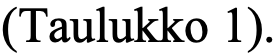
(Taulukko 1).